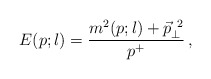
\begin{align*}E(p;l) = \frac{m^2(p;l)+\vec{p}_{\perp}^{\ 2}} {p^+}\,,\end{align*}